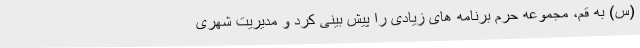
(س) به قم، مجموعه حرم برنامه های زیادی را پیش بینی کرد و مدیریت شهری